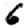
Digit: 6